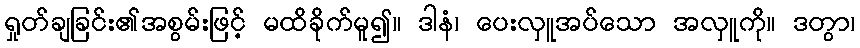
ရှုတ်ချခြင်း၏အစွမ်းဖြင့် မထိခိုက်မူ၍။ ဒါနံ၊ ပေးလှူအပ်သော အလှူကို။ ဒတွာ၊